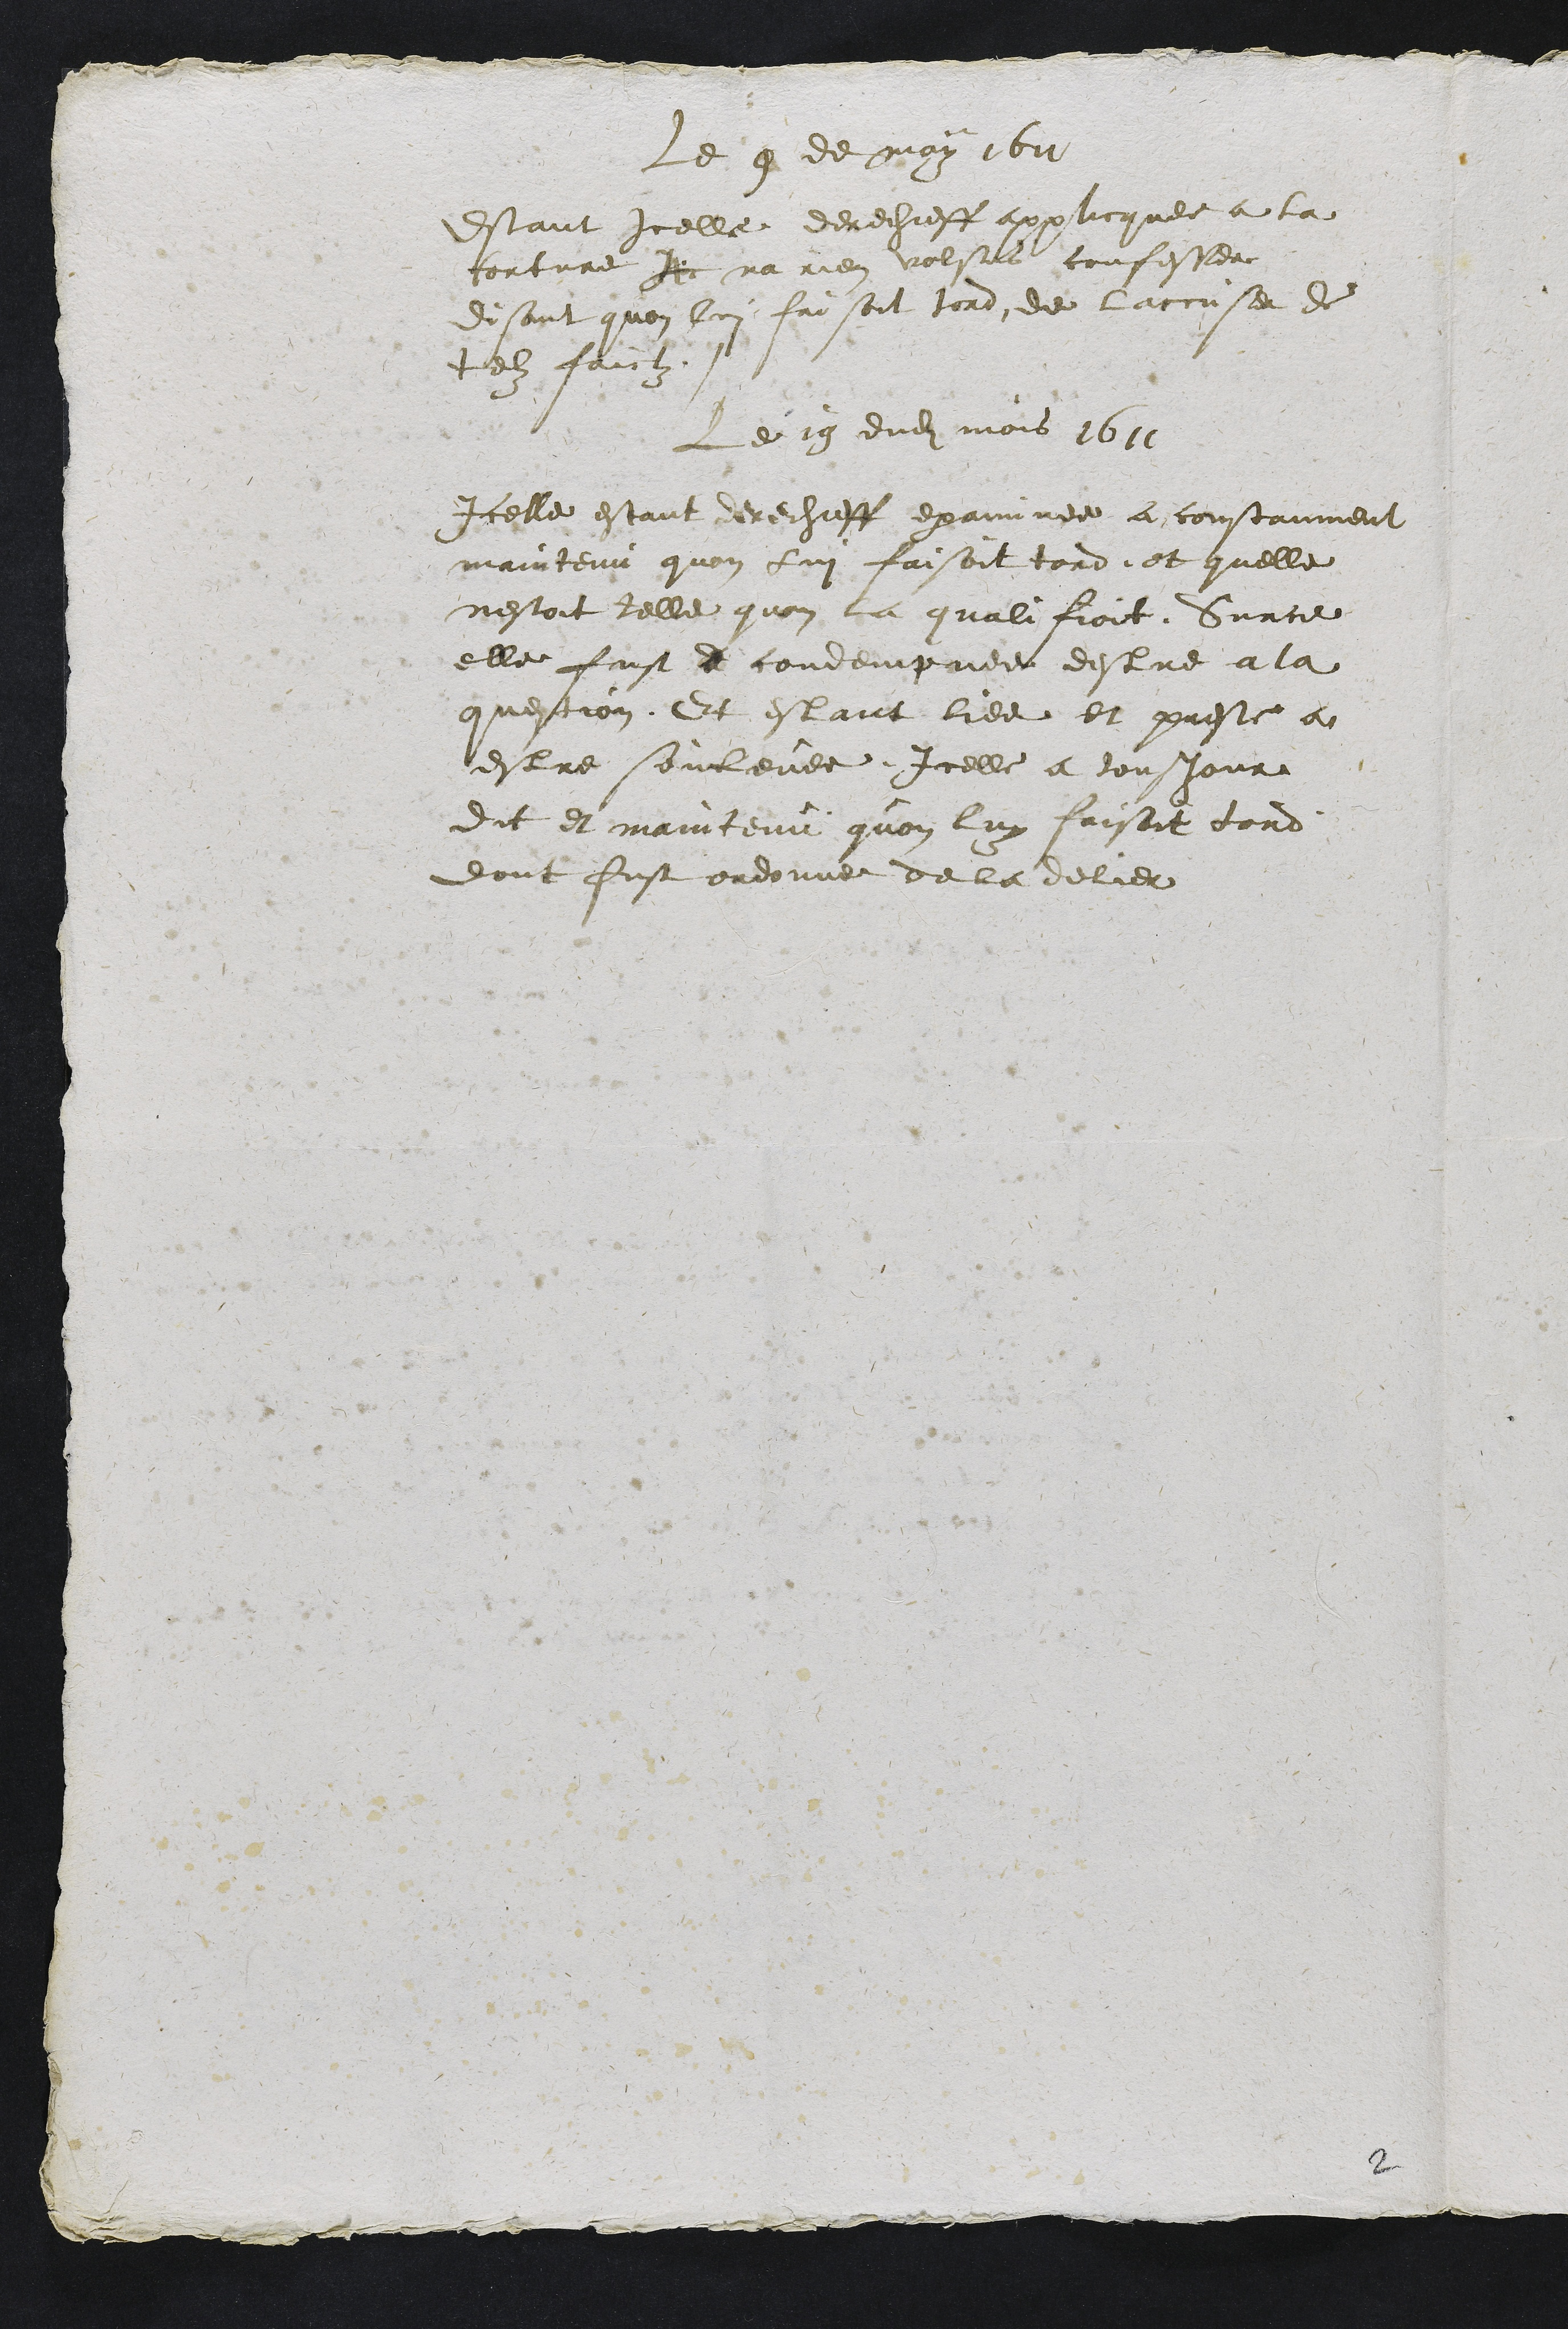
Le 9 de may 1611
estant icelle derechieff applicquee a la
torture Je na rien volsut confesser
disant quon lui faisoit tord de laccuser de
telz faictz
Le 19 dudit mois 1611
Icelle estant derechieff examinee a constanment
maintenu quon lui faisoit tord et quelle
nestoit telle quon la qualifioit. Surce
elle fust d condempnee destre a la
question. Et estant liee et preste a
estre soulevee Icelle a tousjour
dit et maintenu quon luy faisoit tord
dont fust ordonne de la delier